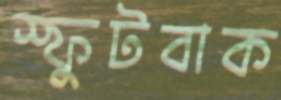
স্ফুটবাক